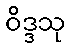
ဝိဒ္ဒသု